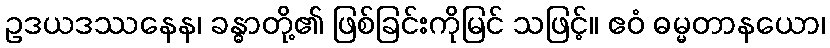
ဥဒယဒဿနေန၊ ခန္ဓာတို့၏ ဖြစ်ခြင်းကိုမြင် သဖြင့်။ ဧဝံ ဓမ္မတာနယော၊